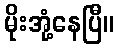
မိုးအုံ့နေပြီ။